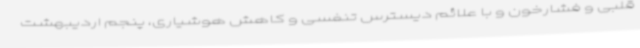
قلبی و فشارخون و با علائم دیسترس تنفسی و کاهش هوشیاری، پنجم اردیبهشت